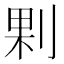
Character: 𠜴